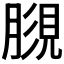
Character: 𧠿